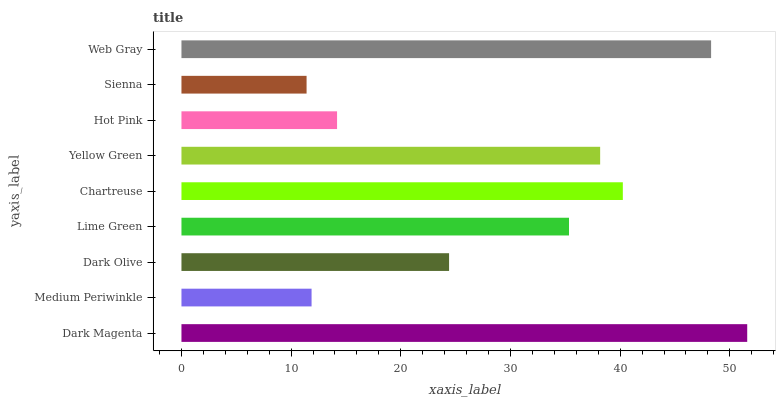
| yaxis_label | bars |
 | --- | --- |
 | Dark Magenta | 51.6 |
 | Medium Periwinkle | 11.9 |
 | Dark Olive | 24.4 |
 | Lime Green | 35.3 |
 | Chartreuse | 40.2 |
 | Yellow Green | 38.2 |
 | Hot Pink | 14.2 |
 | Sienna | 11.4 |
 | Web Gray | 48.3 |